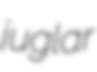
juglar